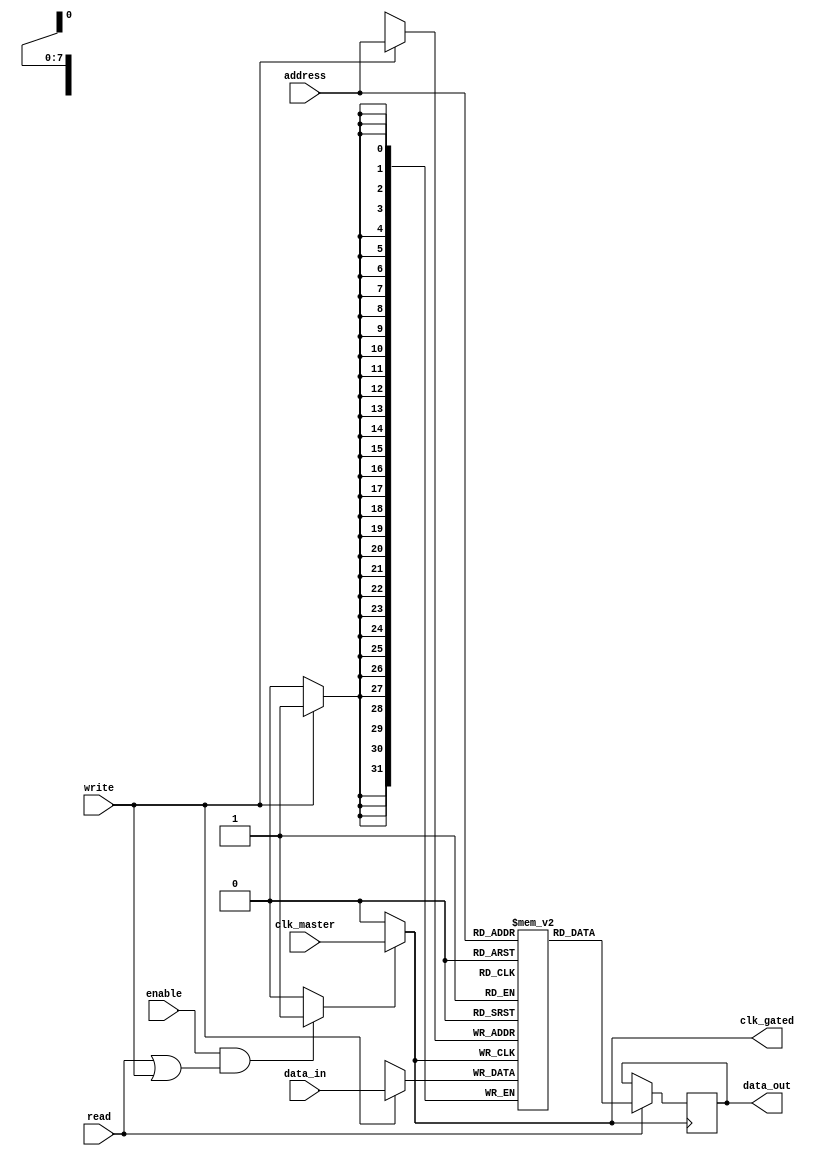
module conditional_clock_gating (
    input wire clk_master,        // Master clock input
    input wire enable,            // Control signal to enable clock
    input wire [N-1:0] address,   // Memory address input
    input wire read,              // Read signal
    input wire write,             // Write signal
    output wire clk_gated,        // Gated clock output
    output reg [DATA_WIDTH-1:0] data_out, // Data output for reading
    input wire [DATA_WIDTH-1:0] data_in // Data input for writing
);

parameter N = 8;                // Number of address bits
parameter DATA_WIDTH = 32;     // Width of data

// Internal signals
reg clk_enable;                // Internal clock enable signal
reg [DATA_WIDTH-1:0] memory [0:(1<<N)-1]; // Memory array

// Clock gating logic
always @(*) begin
    if (enable && (read || write)) begin
        clk_enable = 1'b1;      // Enable clock if active
    end else begin
        clk_enable = 1'b0;      // Disable clock if idle
    end
end

// Gated clock generation
assign clk_gated = clk_enable ? clk_master : 1'b0;

// Memory read/write operations
always @(posedge clk_gated) begin
    if (write) begin
        memory[address] <= data_in; // Write data to memory
    end
    if (read) begin
        data_out <= memory[address]; // Read data from memory
    end
end

endmodule